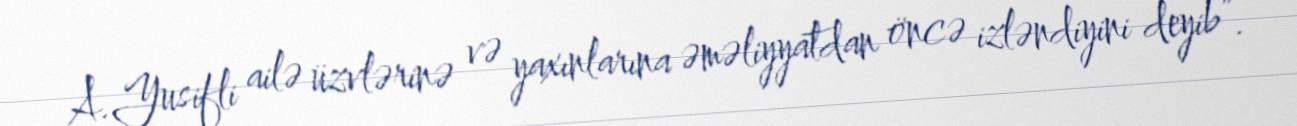
A.Yusifli ailə üzvlərinə və yaxınlarına əməliyyatdan öncə izləndiyini deyib”.